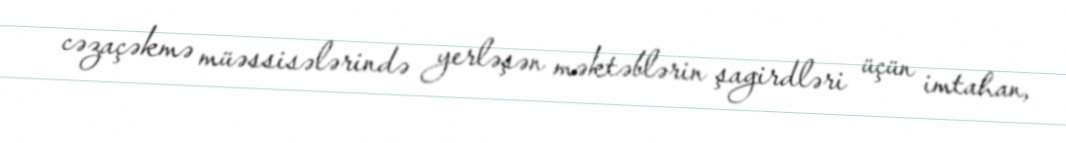
cəzaçəkmə müəssisələrində yerləşən məktəblərin şagirdləri üçün imtahan,